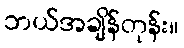
ဘယ်အချိန်တုန်း။